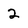
Character: 2